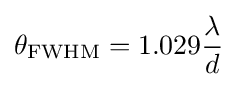
\theta _{\mathrm {FWHM} }=1.029{\frac {\lambda }{d}}